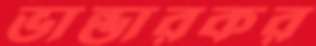
ভান্ডারকর